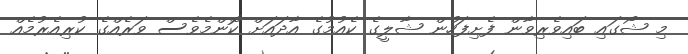
މި ޝޯގައި ބައިވެރިވާން ފެށިފަހުން ޝާލީގެ ކެއުމުގެ އާދައަށް ކޮންމެވެސް ވަރެއްގެ ކުރިއެރުމެއް